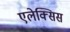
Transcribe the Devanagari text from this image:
एलेक्‍सिस